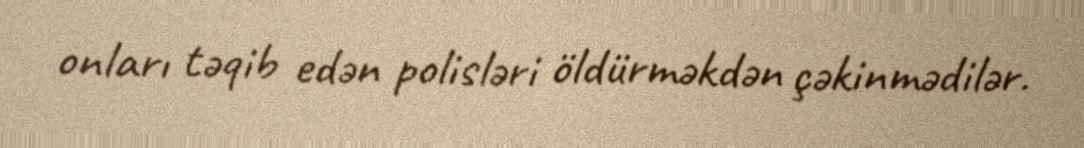
onları təqib edən polisləri öldürməkdən çəkinmədilər.